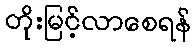
တိုးမြင့်လာစေရန်